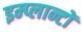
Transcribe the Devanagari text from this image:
इम्प्लान्टों